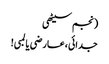
(نجم سیٹھی
جدائی،عارضی یا لمبی!